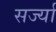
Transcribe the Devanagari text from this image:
सर्ज्या